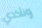
وتأكدي